Vaccination in Burma 1889-1999 - 1889-1999
Year: 1889
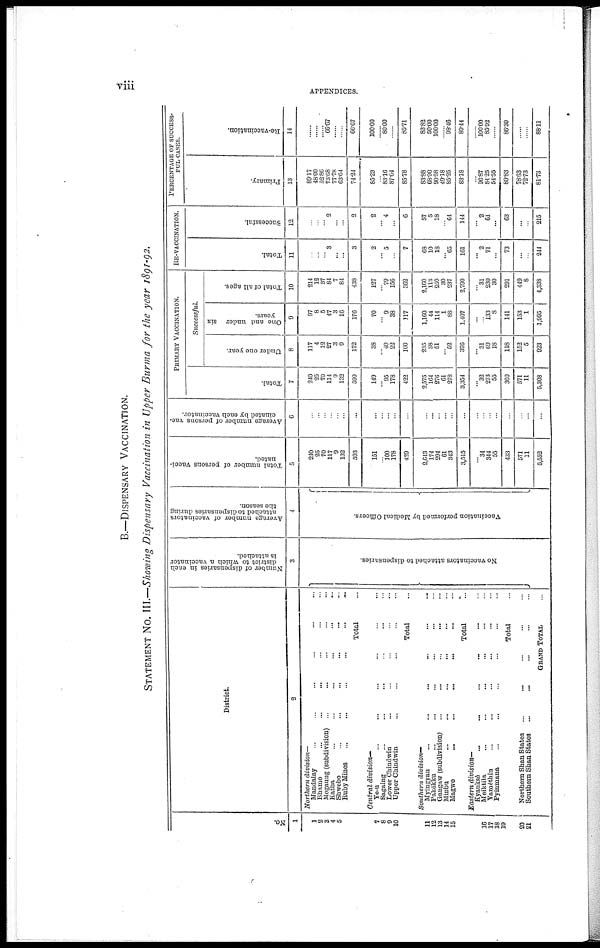
viii
APPENDICES.
B.—DISPENSARY VACCINATION.
STATEMENT No. III.—Showing Dispensary Vaccination in Upper Burma for the year 1891-92.
No.
1
1
2
3
4
5
7
8
9
10
11
12
13
14
15
16
17
18
20
21
District.
2
Northern division—
Mandalay ... ... ... ... ... ...
Bhamo ... ... ... ... ... ...
Mogaung (subdivision) ... ... ... ... ... ...
Katha
...
...
...
...
...
...
Shwebo ... ... ... ... ... ...
Ruby Mines ... ... ... ... ... ...
Total ...
Central division —
Yo-u ... ... ... ... ... ...
Sagaing ... ... ... ... ...
Lower Chindwin ... ... ... ... ... ...
Upper Chindwin ... ... ... ... ... ...
Total ...
Southern division—
Myingyan
...
...
...
...
...
...
...
Pakôkku ... ... ... ... ... ...
Gangaw (subdivision) ... ... ... ...
Minbu ... ... ... ... ... ...
Magwe ... ... ... ... ... ...
Total ...
Eastern division—
Kyauksè ... ... ... ... ... ...
Meiktila ... ... ... ... ... ...
Yamethin ... ... ... ... ... ...
Pyinraana ... ... ... ... ... ...
Total ...
Northern Shan States ... ...
Southern Shan States ... ...
GRAND TOTAL ...
Number of dispensaries in each
district to which a vaccinator
is attached.
3
No vaccinators attached to dispensaries.
...
Average number of vaccinators
attached to dispensaries during
the season.
4
Vaccination performed by Medical Officers.
...
Total number of persons vacci-
nated.
5
240
25
70
117
9
132
593
151
...
100
178
429
2,643
174
294
61
343
3,515
...
34
344
55
433
571
11
5,552
Average number of persons vac-
cinated by each vaccinator.
6
...
...
...
...
...
...
...
...
...
...
...
...
...
...
...
...
...
...
...
...
...
...
...
...
...
...
PRIMARY VACCINATION.
Total.
7
240
25
70
114
9
132
590
149
...
95
178
422
2,575
164
276
61
278
3,354
...
32
273
55
360
571
11
5,308
Successful.
Under one year.
8
117
4
12
27
3
9
172
38
...
40
22
100
235
38
51
...
52
376
...
31
69
18
118
152
5
923
One and under six
years.
9
97
8
5
47
3
16
176
70
...
9
38
117
1,160
44
114
1
88
1,407
...
...
133
8
141
153
1
1,995
Total of all ages.
10
214
12
37
84
7
84
438
127
...
79
156
362
2,160
113
250
30
237
2,790
...
31
230
30
291
449
8
4,338
RE-VACCINATION.
Total.
11
...
...
...
3
...
...
3
2
...
5
...
7
68
10
18
...
65
161
...
2
71
...
73
...
...
244
Successful.
12
...
...
...
2
...
...
2
2
...
4
...
6
57
5
18
...
64
144
...
2
61
...
63
...
...
215
PERCENTAGE OF SUCCESS-
FUL CASES.
Primary.
13
89.17
48.00
52.86
73.68
77.78
63.64
74.24
85.23
...
83.16
87.64
85.78
83.88
68.90
90.58
49.18
85.25
83.18
...
96.87
84.25
54.55
80.83
78.63
72.73
81.78
Re-vaccination.
14
......
......
......
66.67
......
......
66.67
100.00
......
80.00
......
85.71
83.82
50.00
100.00
......
98.46
89.44
......
100.00
85.92
......
86.30
......
......
88.11